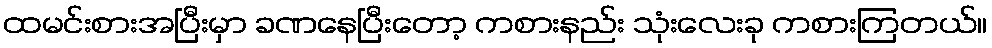
ထမင်းစားအပြီးမှာ ခဏနေပြီးတော့ ကစားနည်း သုံးလေးခု ကစားကြတယ်။